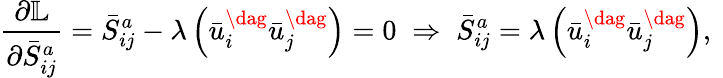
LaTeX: \frac{{\partial\mathbb{L}}}{{\partial\bar{S}_{ij}^{a}}}=\bar{S}_{ij}^{a}-\lambda\left({\bar{u}_{i}^{\dag}\bar{u}_{j}^{\dag}}\right)=0\; \Rightarrow\; \bar{S}_{ij}^{a}=\lambda\left({\bar{u}_{i}^{\dag}\bar{u}_{j}^{\dag}}\right),\